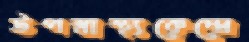
উপস্বাস্থ্যকেন্দ্রে